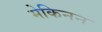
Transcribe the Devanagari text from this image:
मेकिनन